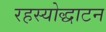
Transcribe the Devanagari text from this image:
रहस्योद्धाटन